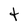
Character: t